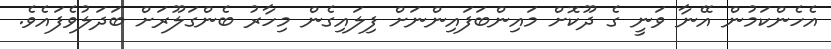
އެހެންކަމުން އޭނާ ވަނީ ގެ ދޫކޮށް މައިންބަފައިންނަށް ފިލައިގެން މިހާރު ބެންގަލޫރަށް ބަދަލުވެފައެވެ.